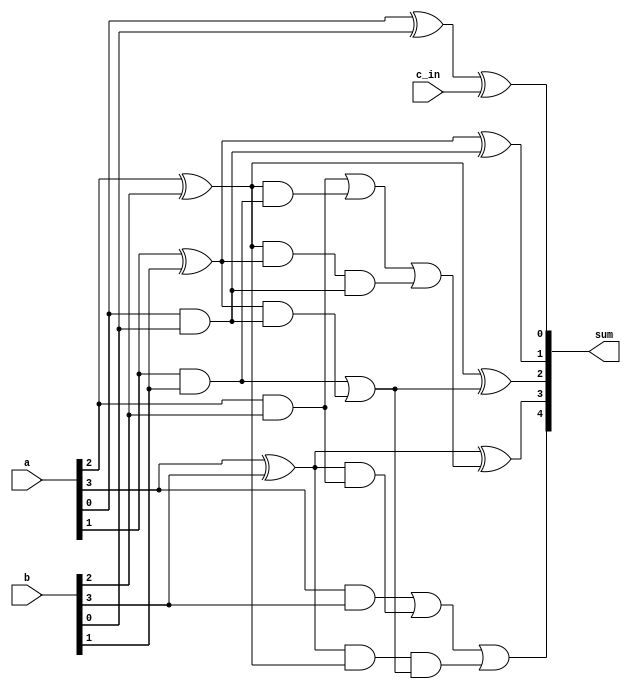
module KSA #(parameter N=4)
            (input [N-1:0] a,b, 
             input c_in, 
             output [N:0] sum);
  
  reg [N-1:0] p,g,p1,g1,p2,g2,s;
  reg [N-1:0] carry;
  integer i;
   always @(*)
   begin
   
   
   for(i=0;i<N;i=i+1)
   	begin
   	  p[i] <= a[i] ^ b[i];
   	  g[i] <= a[i] & b[i];
   	end  
   
   for(i=0;i<N;i=i+1)
   	if (i == 0) 
   		begin
      		  p1[i] <= p[i];
    		  g1[i] <= g[i]; 
   		end
   	else 
   		begin
     		  p1[i] <= p[i] & p[i-1];
     		  g1[i] <= g[i] || (p[i] & g[i-1]);
   		end
   
   for(i=0;i<N;i=i+1)
   	if (i == 0 )
   		begin
     		  p2[i] <= p1[i];
     		  g2[i] <= g1[i]; 
   		end
   	else 
   	if (i == 1 )
   		begin
     		  p2[i] <= p1[i];
     		  g2[i] <= g1[i]; 
   		end
   	else
   		begin 
   		  p2[i] <= p1[i] & p1[i-2];
   		  g2[i] <= g1[i] || (p1[i] & g1[i-2]);
   		end
   
   for(i=0;i<N;i=i+1)
   	if (i == 0) 
   		begin
   		  s[i] <= p[i] ^ c_in;
   		  carry[i] <= g2[i];
   		end
   	else
   		begin
   		  s[i] <= p[i] ^ carry[i-1];
   		  carry[i] <= g2[i];
   		end
   end
   assign sum = {carry[N-1], s};
endmodule